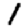
Digit: 1